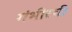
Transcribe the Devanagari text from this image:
गंभीरची